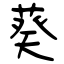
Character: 葵